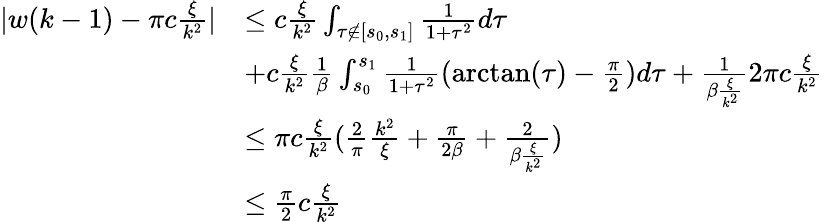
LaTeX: \begin{array}{rl}{\vert w(k-1)-\pi c\frac\xi{k^{2}}\vert}&{\le c\frac\xi{k^{2}}\int_{\tau\notin[s_{0},s_{1}]}\frac 1{1+\tau^{2}}d\tau}\\ &{+c\frac\xi{k^{2}}\frac 1\beta\int_{s_{0}}^{s_{1}}\frac 1{1+\tau^{2}}(\arctan(\tau)-\frac\pi 2)d\tau+\frac 1{\beta\frac\xi{k^{2}}}2\pi c\frac\xi{k^{2}}}\\ &{\le\pi c\frac\xi{k^{2}}(\frac 2\pi\frac{k^{2}}\xi+\frac{\pi}{2\beta}+\frac 2{\beta\frac\xi{k^{2}}})}\\ &{\le\frac\pi 2c\frac\xi{k^{2}}}\end{array}